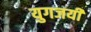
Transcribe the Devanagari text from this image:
युगजयी